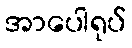
အာပေါရုပ်